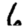
Digit: 6